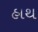
હાથ